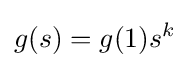
g(s)=g(1)s^{k}